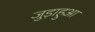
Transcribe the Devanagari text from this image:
जुड़ाहुआ